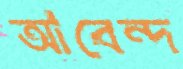
আবেন্দ